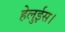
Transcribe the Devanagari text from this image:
हेलुईस।